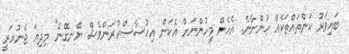
ބައިވަރު ކަންތައްތަކެއް ހުންނާނެ. އެހެން މީހުންނަށް އެކަން އިހުސާސްކުރަންވެސް ނޭނގޭނެ" މިދިޔަ ޖެނުއަރީ